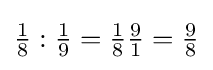
{\tfrac {1}{8}}:{\tfrac {1}{9}}={\tfrac {1}{8}}{\tfrac {9}{1}}={\tfrac {9}{8}}